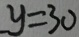
y = 3 0